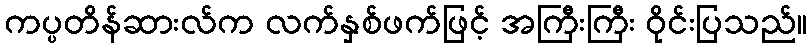
ကပ္ပတိန်ဆားလ်က လက်နှစ်ဖက်ဖြင့် အကြီးကြီး ဝိုင်းပြသည်။